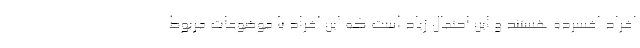
افراد افسرده هستند و این احتمال زیاد است که این افراد با موضوعات مربوط